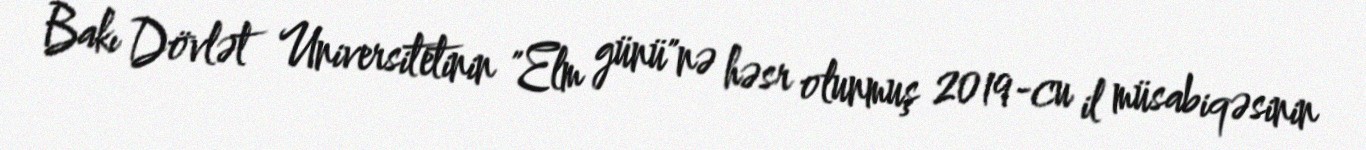
Bakı Dövlət Universitetinin "Elm günü"nə həsr olunmuş 2019-cu il müsabiqəsinin